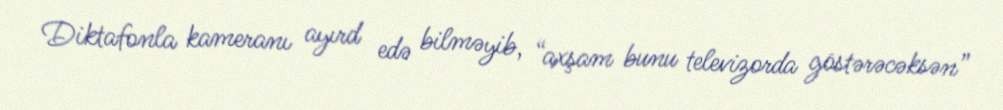
Diktafonla kameranı ayırd edə bilməyib, “axşam bunu televizorda göstərəcəksən”